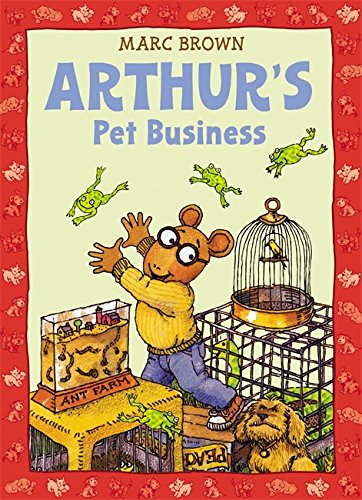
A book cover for Arthur's Pet Business (An Arthur Adventure); Marc Brown; Children's Books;